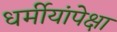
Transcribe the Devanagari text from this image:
धर्मीयांपेक्षा